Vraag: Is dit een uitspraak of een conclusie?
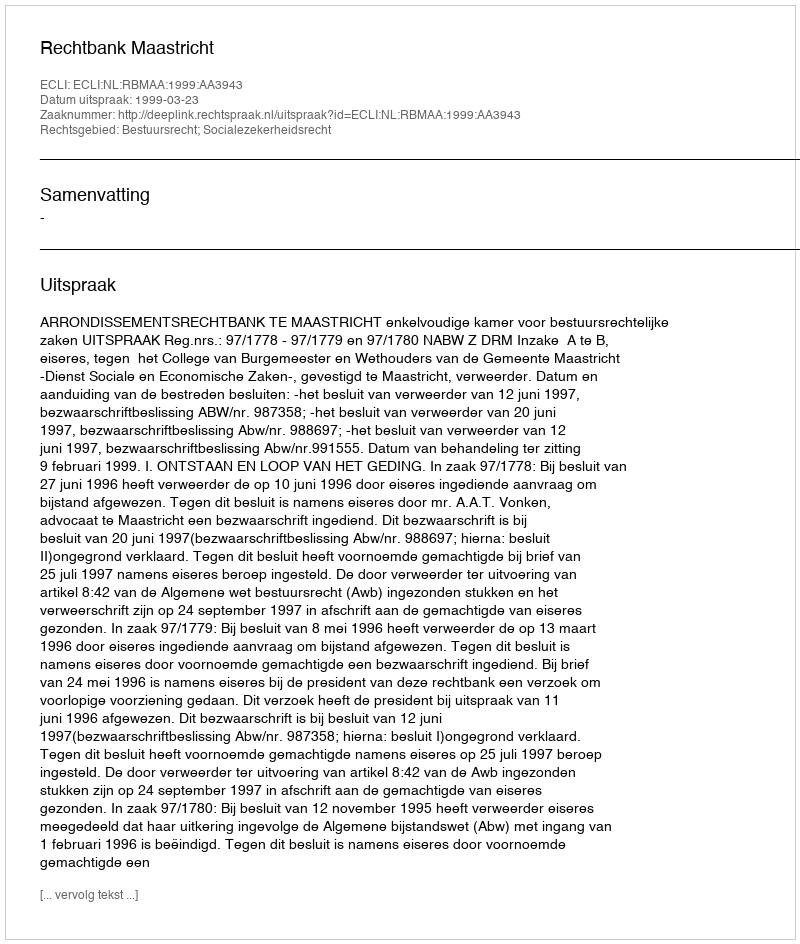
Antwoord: Uitspraak